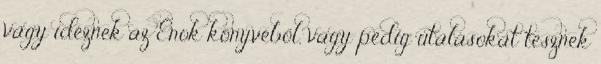
vagy idéznek az Énok könyvéből, vagy pedig utalásokat tesznek